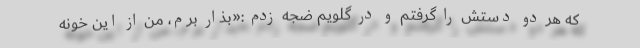
که هر دو دستش را گرفتم و در گلویم ضجه زدم :«بذار برم، من از این خونه